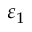
\varepsilon _ { 1 }